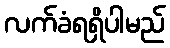
လက်ခံရရှိပါမည်